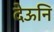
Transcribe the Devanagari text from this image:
देऊनि